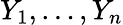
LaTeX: Y_{1},\ldots,Y_{n}